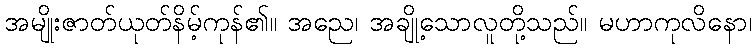
အမျိုးဇာတ်ယုတ်နိမ့်ကုန်၏။ အညေ၊ အချို့သောလူတို့သည်။ မဟာကုလိနော၊